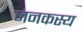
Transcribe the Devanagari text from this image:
जनकस्य